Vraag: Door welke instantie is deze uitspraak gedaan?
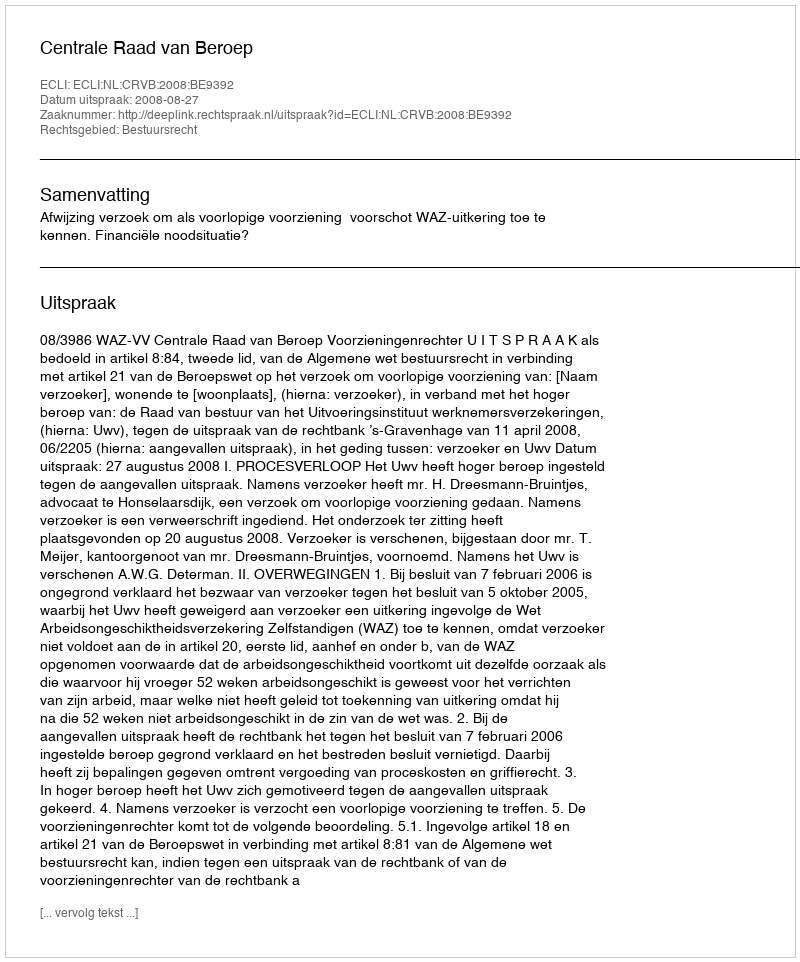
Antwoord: Centrale Raad van Beroep